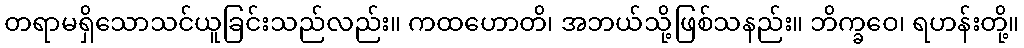
တရာမရှိသောသင်ယူခြင်းသည်လည်း။ ကထဟောတိ၊ အဘယ်သို့ဖြစ်သနည်း။ ဘိက္ခဝေ၊ ရဟန်းတို့။